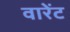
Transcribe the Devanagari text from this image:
वारेंट